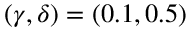
( \gamma , \delta ) = ( 0 . 1 , 0 . 5 )